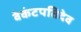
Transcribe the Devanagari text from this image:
वेकंटपतिदेव